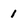
Character: 1